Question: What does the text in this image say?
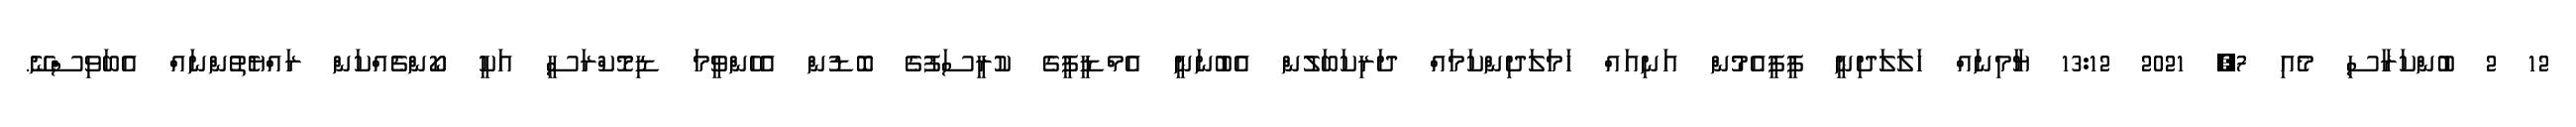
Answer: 12 2 ބުންކަރާސި މެއި 7, 2021 13:12 ޔާމިނައް ހަލަލަދިނީ ޕީޕީއެމުން އަނިއައް ހަމަލަދިންކަމައް ދަރިކަބަލުން އެބުނަނީ އެމްޑީޕީގެ ކުރީސަފުގެ ބޮޑުން އެހެންވީމަ ޑިމޮކްރަސީ އަކީ ކޯންޗެއްކަން ރައްޔެތުންނައް އެބަވިސްނޭ.